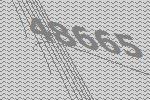
48665